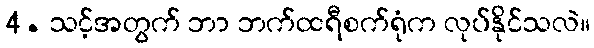
4. သင့်အတွက် ဘာ ဘက်ထရီစက်ရုံက လုပ်နိုင်သလဲ။